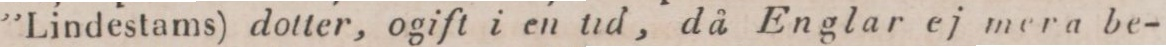
”Lindestams) dotter, ogift i en tid, då Englar ej mera be-